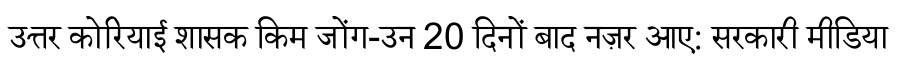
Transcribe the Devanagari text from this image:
उत्तर कोरियाई शासक किम जोंग-उन 20 दिनों बाद नज़र आए: सरकारी मीडिया